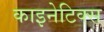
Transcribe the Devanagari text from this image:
काइनेटिक्स